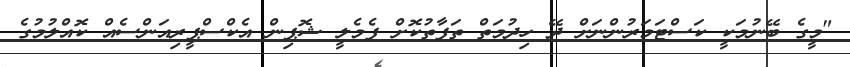
"މީގެ ބޭނުމަކީ ކަސްޓަމަރުންނަށް ދޭ ހިދުމަތް ތަފާތުކޮށް ފެމެލީ ޝޮޕިން އެކްސްޕީރިއަންސެއް ކޮއްލުމުގެ